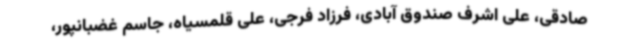
صادقی، علی اشرف صندوق آبادی، فرزاد فرجی، علی قلمسیاه، جاسم غضبانپور،